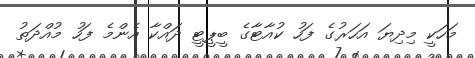
މަހަކީ މިދިޔަ އަހަރުގެ ފަހު ކުއާޓާގެ ބީޕީޓީ ދައްކާ އެންމެ ފަހު މުއްދަތު